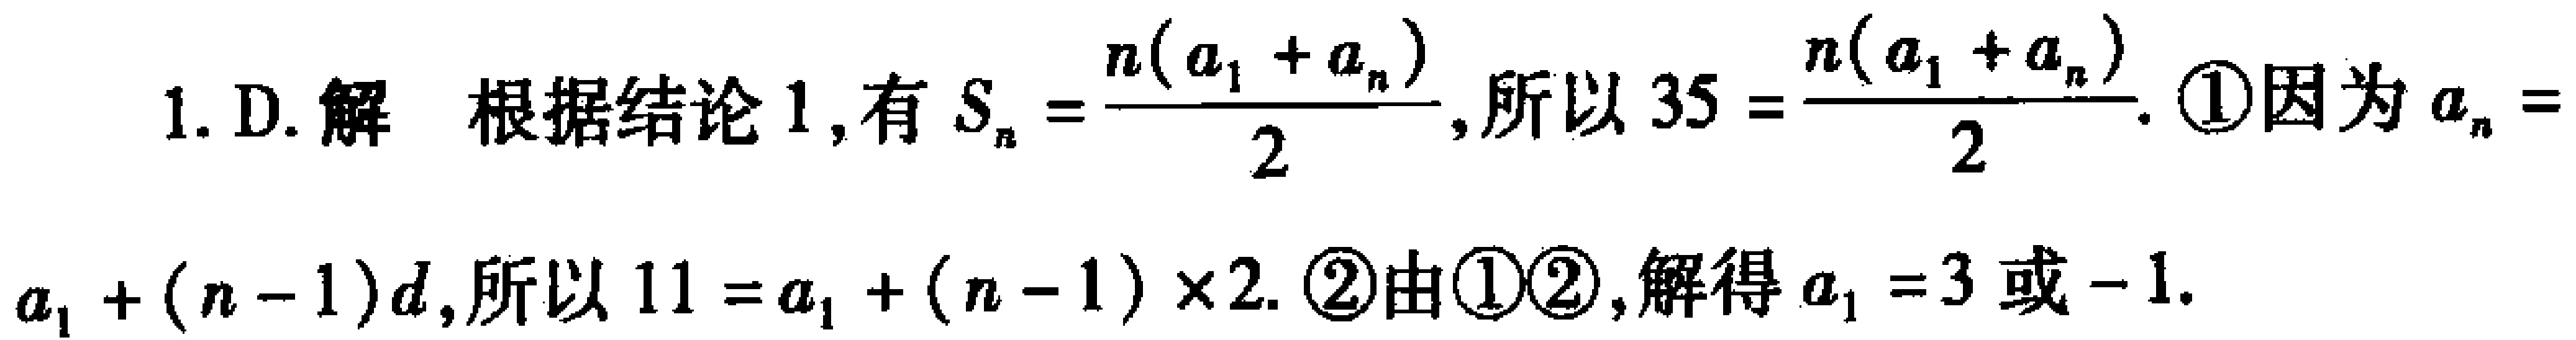
1. D. 解 根据结论 1, 有 \(S_{n}=\frac{n(a_{1} + a_{n})}{2}\), 所以 \(35=\frac{n(a_{1} + a_{n})}{2}\). \textcircled{1}因为 \(a_{n}=a_{1}+(n - 1)d\), 所以 \(11=a_{1}+(n - 1)\times2\). \textcircled{2}由\textcircled{1}\textcircled{2}, 解得 \(a_{1}=3\) 或 \(-1\).